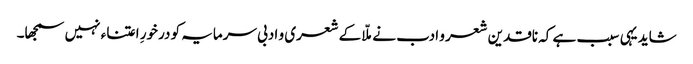
شاید یہی سبب ہے کہ ناقدین شعر و ادب نے ملّا کے شعری و ادبی سرمایہ کو درخورِ اعتناء نہیں سمجھا۔